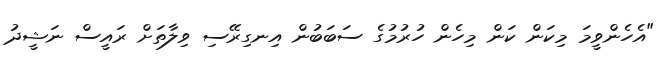
"އެހެންވީމަ މިކަން ކަން މިހެން ހުރުމުގެ ސަބަބުން އިނގިރޭސި ވިލާތަށް ރައީސް ނަޝީދު